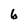
Character: b